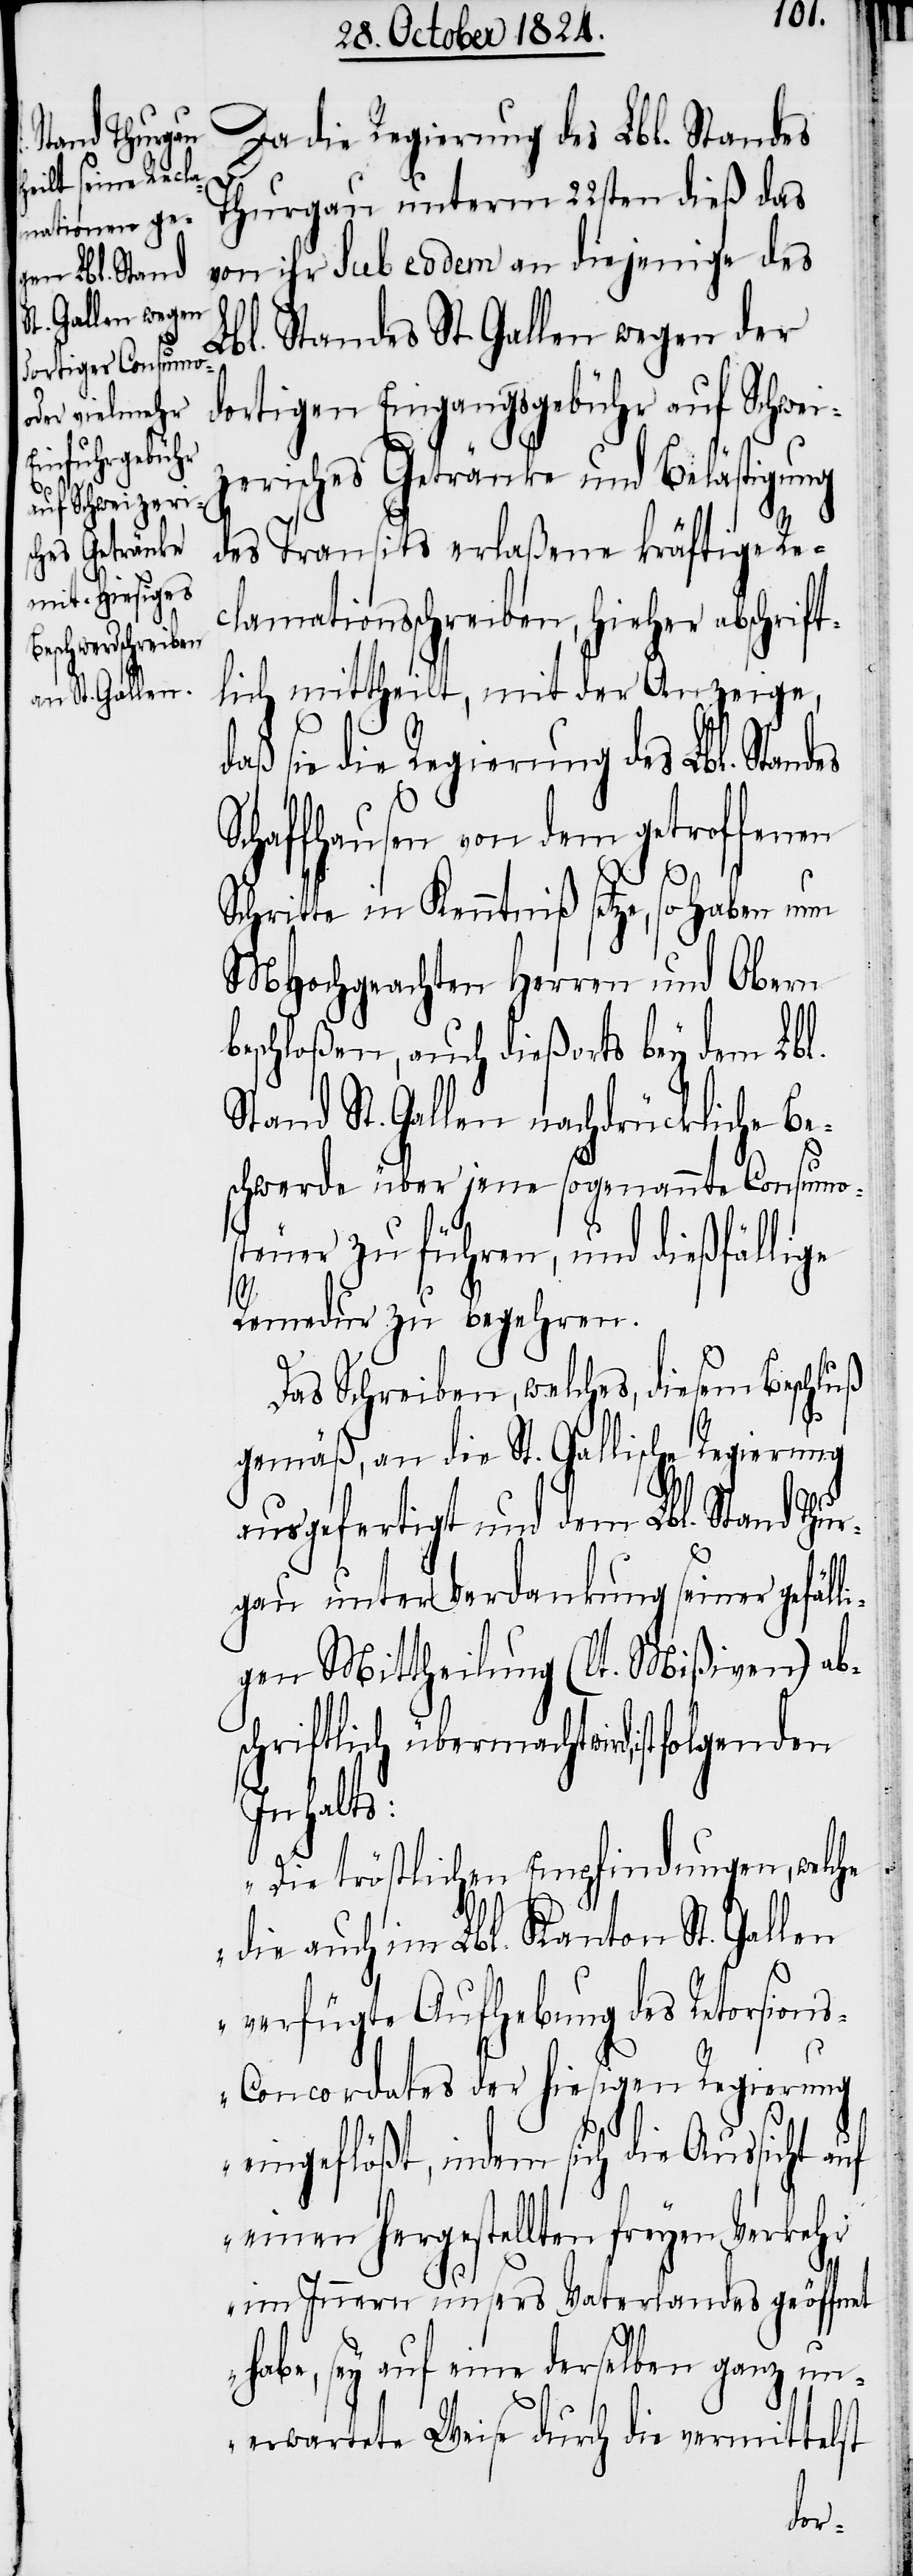
andes Thurgau unterm 22stend dieß das
von ihr sub eodem an diejenige des
Lbl. Standes St. Gallen wegen der
dortigen Eingangsgebühr auf Schwei¬
zerisches Getränke und Belästigung
des Transits erlaßene kräftige Re¬
clamationsschreiben, hieher abschrift¬
lich mittheilt, mit der Anzeige,
aß sie die Regierung des Lbl. Stan¬
Schaffhausen von dem getroffenen
Schritte in Kenntniß setze, so haben nun
MHochgeachten Herren und Obern
beschloßen, auch dießorts bey dem Lbl.
Stand St. Gallen nachdrückliche Be¬
schwerde über jene sogenannte Consumo¬
steuer zu führen, und dießfällige
Remedur zu begehren.
Das Schreiben, welches, diesem Beschluß
d¬
gemäß, an die St. Gallische Regierung
ausgefertigt und dem Lbl. Stand Thu¬
rgau unter Verdankung seiner gefäll¬
igen Mittheilung (lt. Mißiven) ab¬
schriftlich übermacht wird,
Inhalts:
„Die tröstlichen Empfindungen, welche
die auch im Lbl. Kanton St. Gallen
verfügte Aufhebung des Retorsion¬
s-Concordates der hiesigen Regierung
eingeflößt, indem sich die Aussicht auf
einen hergestellten freyen Verkehr
des
im Innern unsers Vaterlandes geöffnet
habe, sey auf eine derselben ganz un¬
erwartete Weise durch die vermittelst